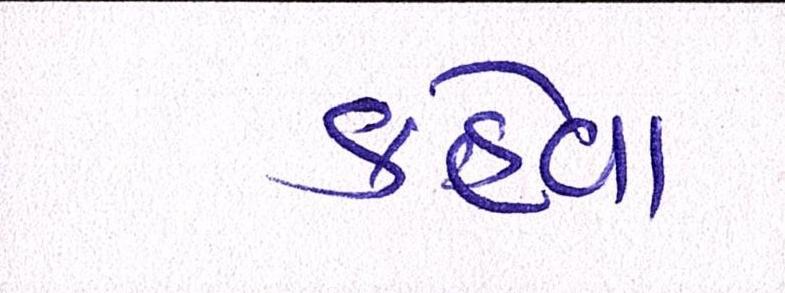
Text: કહેવા